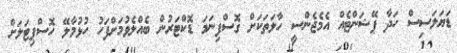
ޑަޔަލަސިސް ހަދާ ޕޭޝަންޓެއް އެމެޖެންސީ ހާލަތަކަށް ގޮސްފިނަމަ ޑޮކްޓަރުން ބެއްލެވުމަށްފަހު ހުޅުމާލޭ ހޮސްޕިޓަލަށް